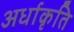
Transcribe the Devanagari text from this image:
अर्धाकृति